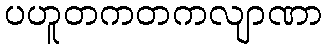
ပဟူတကတကလျာဏာ